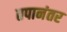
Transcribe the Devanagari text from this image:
तपानंतर